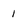
Character: 1